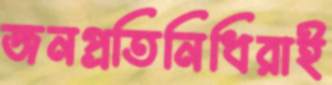
জনপ্রতিনিধিরাই